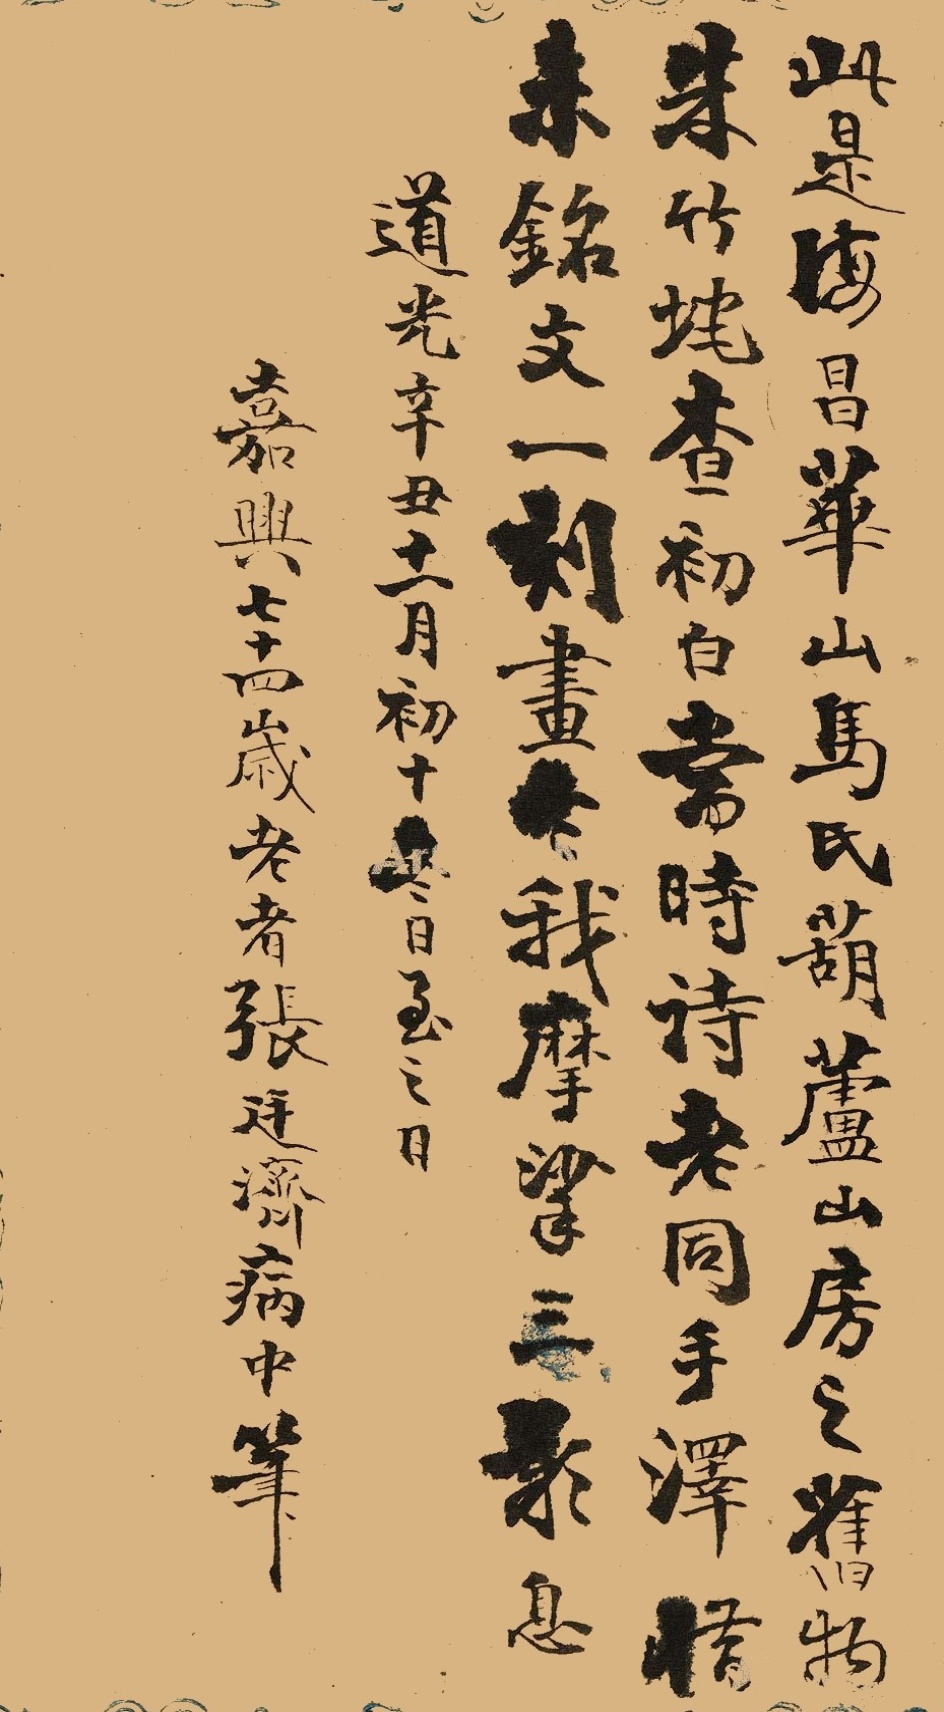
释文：此是海昌华山马氏葫芦山房之旧物，朱竹垞、查初白，当时诗老同手泽，惜未铭文一刻画，令我摩挲三叹息。道光辛丑十一月初十冬日至之日，嘉兴七十四岁老者张廷济病中笔。